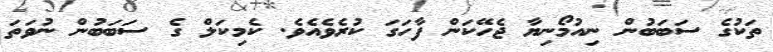
ތަކުގެ ސަބަބުން ނިއުމޯނިޔާ ޖެހޭކަން ފާހަގަ ކުރެވެއެވެ. ކެމިކަލް ގެ ސަބަބުން ނުވަތަ